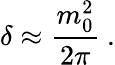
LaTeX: \delta\approx\frac{m_{0}^{2}}{2\pi}\ .